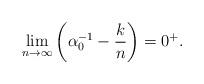
LaTeX: \begin{align*}\lim_{n\rightarrow\infty}\left(\alpha_0^{-1}-\frac{k}{n}\right)=0^{+}.\end{align*}